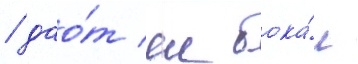
/ дао́т еи бока́л